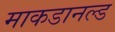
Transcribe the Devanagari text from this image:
माकडानल्ड